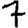
Digit: 7